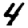
Digit: 4